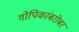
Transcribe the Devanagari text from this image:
गोपिकांबरोबर